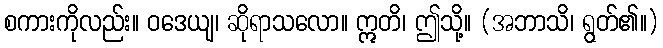
စကားကိုလည်း။ ဝဒေယျ၊ ဆိုရာသလော။ ဣတိ၊ ဤသို့။ (အဘာသိ၊ ရွတ်၏။)